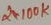
Text: 2X100K